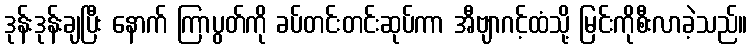
ဒုန်းဒုန်းချပြီး နောက် ကြာပွတ်ကို ခပ်တင်းတင်းဆုပ်ကာ အီဗျာဂင့်ထံသို့ မြင်းကိုစီးလာခဲ့သည်။